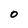
Character: 0